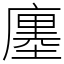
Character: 廛